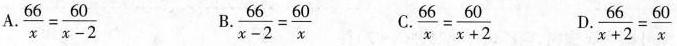
A. $$\frac{66}{x}= \frac{60}{x-2}$$ B. $$\frac{66}{x-2}= \frac{60}{x}$$ C. $$\frac{66}{x}= \frac{60}{x+2}$$ D. $$\frac{66}{x+2}= \frac{60}{x}$$